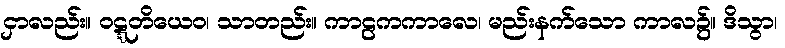
ငှာလည်း။ ဝဋ္ဋတိယေဝ၊ သာတည်း။ ကာဠကကာလေ၊ မည်းနက်သော ကာလ၌။ ဒိသွာ၊